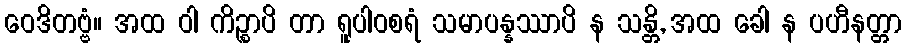
ဝေဒိတဗ္ဗံ။ အထ ဝါ ကိဉ္စာပိ တာ ရူပါဝစရံ သမာပန္နဿာပိ န သန္တိ, အထ ခေါ န ပဟီနတ္တာ